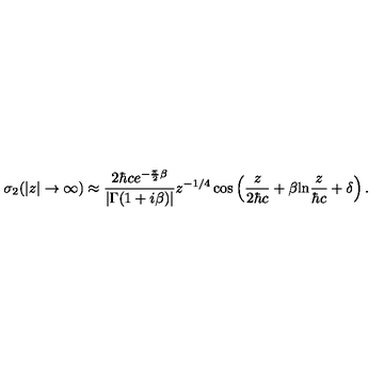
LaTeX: { \sigma } _ { 2 } ( | z | \to \infty ) \approx \frac { 2 { \hbar } c e ^ { - \frac { \pi } { 2 } { \beta } } } { | { \Gamma } ( 1 + i { \beta } ) | } z ^ { - 1 / 4 } \cos \left( \frac { z } { 2 { \hbar } c } + \beta \mathrm { l n } \frac { z } { { \hbar } c } + \delta \right) .